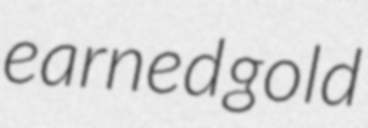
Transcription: earned gold